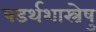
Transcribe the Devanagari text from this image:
षडर्थशास्त्रेषु